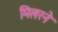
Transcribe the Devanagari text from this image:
मिलरने